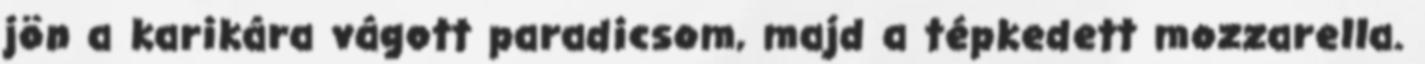
jön a karikára vágott paradicsom, majd a tépkedett mozzarella.